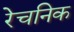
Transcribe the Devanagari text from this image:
रेचनिक